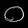
Digit: ၀